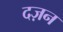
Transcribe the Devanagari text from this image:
दज़न